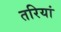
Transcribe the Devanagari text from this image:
तरियां